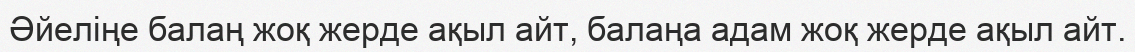
Әйеліңе балаң жоқ жерде ақыл айт, балаңа адам жоқ жерде ақыл айт.